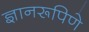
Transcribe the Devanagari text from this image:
ज्ञानरूपिणे